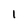
Character: 1